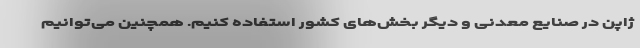
ژاپن در صنایع معدنی و دیگر بخش‌های کشور استفاده کنیم. همچنین می‌توانیم